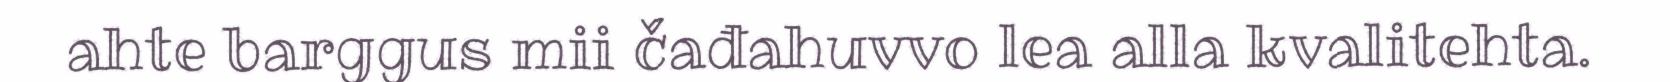
ahte barggus mii čađahuvvo lea alla kvalitehta.